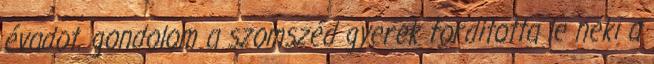
évadot. gondolom a szomszéd gyerek fordította le neki a